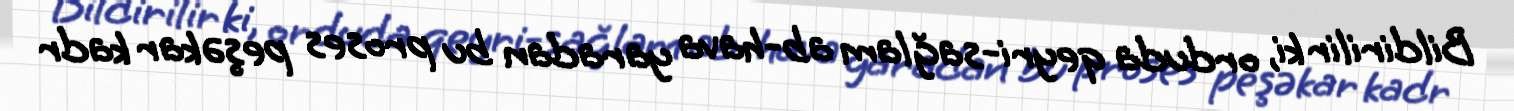
Bildirilir ki, orduda qeyri-sağlam ab-hava yaradan bu proses peşəkar kadr